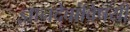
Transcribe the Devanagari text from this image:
ज्ञानदेवांविषयी